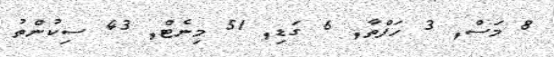
8 މަސް